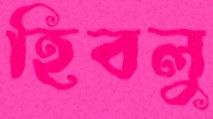
হিবলু